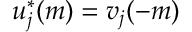
u _ { j } ^ { * } ( m ) = v _ { j } ( - m )